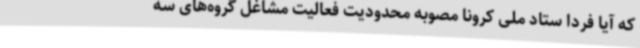
که آیا فردا ستاد ملی کرونا مصوبه محدودیت فعالیت مشاغل گروه‌های سه